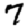
Digit: 7